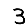
Digit: 3